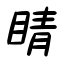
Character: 睛